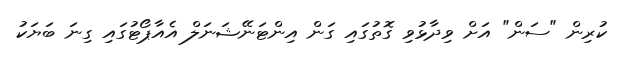
ކުރިން "ސަން" އަށް ވިދާޅުވި ގޮތުގައި ގަން އިންޓަނޭޝަނަލް އެއާޕޯޓުގައި ގިނަ ބަޔަކު